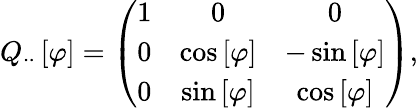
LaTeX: Q_{\cdot\cdot}\left[\varphi\right]=\left(\begin{array}{ccc}{1}&{0}&{0}\\ {0}&{\cos\left[\varphi\right]}&{-\sin\left[\varphi\right]}\\ {0}&{\sin\left[\varphi\right]}&{\cos\left[\varphi\right]}\end{array}\right),